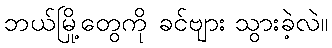
ဘယ်မြို့တွေကို ခင်ဗျား သွားခဲ့လဲ။